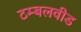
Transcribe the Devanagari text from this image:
टम्बलवीड